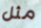
مثل